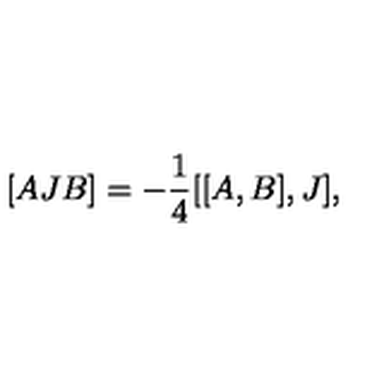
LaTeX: [ A J B ] = - \frac { 1 } { 4 } [ [ A , B ] , J ] ,